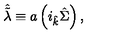
\hat { \tilde { \lambda } } \equiv a \left( i _ { \hat { k } } \hat { \Sigma } \right) ,